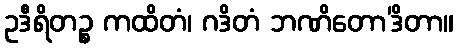
ဥဒီရိတဉ္စ ကထိတံ၊ ဂဒိတံ ဘဏိတော’ဒိတာ။